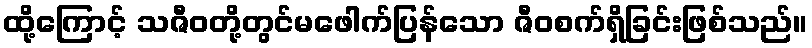
ထို့ကြောင့် သဇီဝတို့တွင်မဖေါက်ပြန်သော ဇီဝစက်ရှိခြင်းဖြစ်သည်။